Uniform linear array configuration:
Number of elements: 12
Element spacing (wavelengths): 0.25
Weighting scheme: hamming
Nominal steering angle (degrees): -45
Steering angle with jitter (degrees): -45.191
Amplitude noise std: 0.05
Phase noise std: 0.05

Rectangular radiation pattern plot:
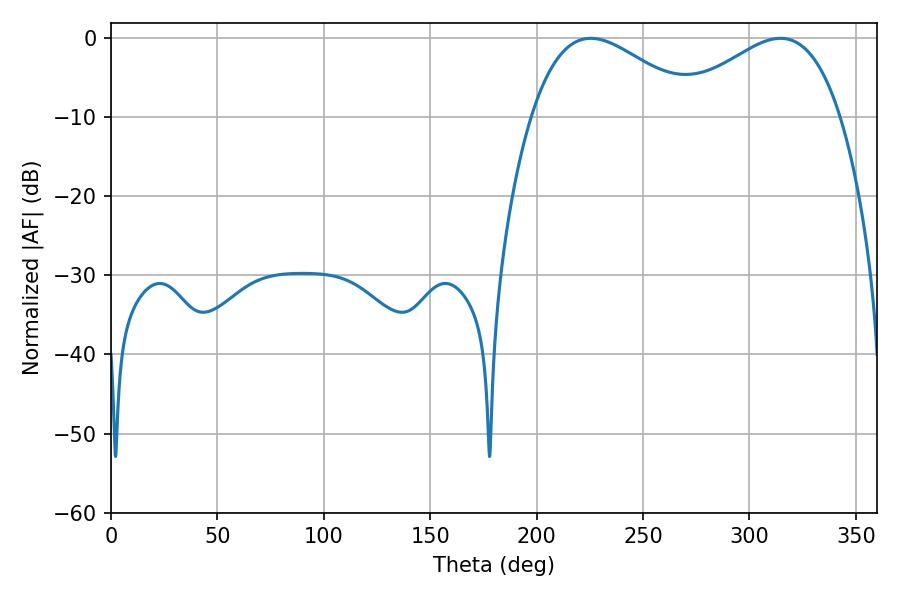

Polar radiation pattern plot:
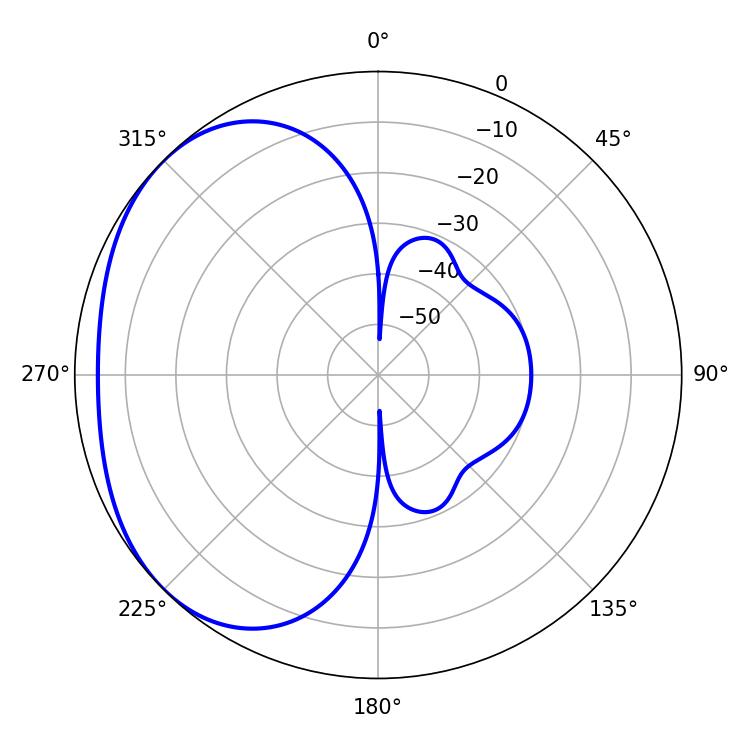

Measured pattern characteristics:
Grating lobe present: FALSE
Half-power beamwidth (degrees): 42.3
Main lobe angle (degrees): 225.36